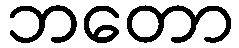
ဘတော